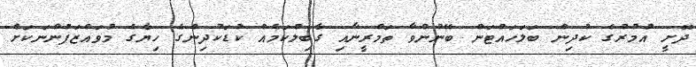
ދޮށީ އުމުރުގެ ކުދިން ބަލަހައްޓަން ބޭނުންވާ ތަމްރީނާއި ގާބިލްކަމެއް ކުޑަކުދިންގެ ހިޔާގެ މުވައްޒަފުންނަކަށް